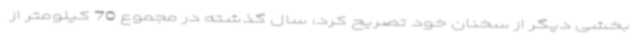
بخشی دیگر از سخنان خود تصریح کرد: سال گذشته در مجموع 70 کیلومتر از